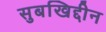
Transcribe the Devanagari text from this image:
सुबखिद्दीन